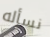
نسأله